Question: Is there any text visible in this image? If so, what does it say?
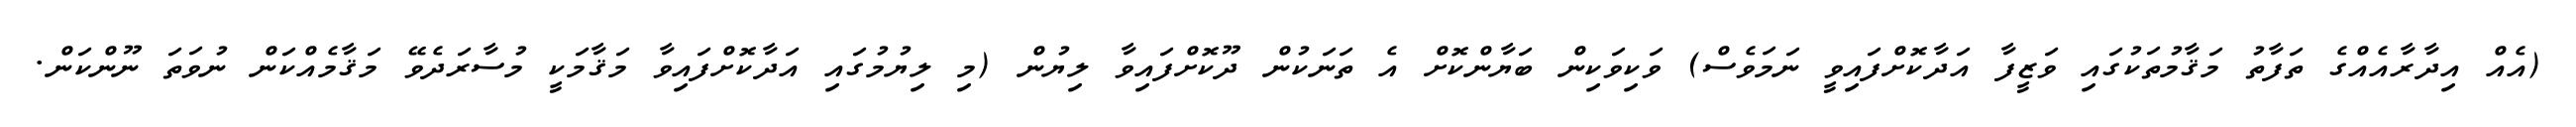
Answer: (އެއް އިދާރާއެއްގެ ތަފާތު މަޤާމުތަކުގައި ވަޒީފާ އަދާކޮށްފައިވީ ނަމަވެސް) ވަކިވަކިން ބަޔާންކޮށް އެ ތަނަކުން ދޫކޮށްފައިވާ ލިޔުން (މި ލިޔުމުގައި އަދާކޮށްފައިވާ މަޤާމަކީ މުސާރަދެވޭ މަޤާމެއްކަން ނުވަތަ ނޫންކަން.